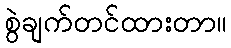
စွဲချက်တင်ထားတာ။